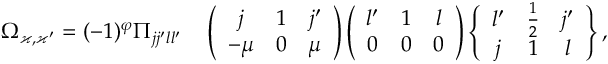
\begin{array} { r l } { \Omega _ { \varkappa , \varkappa ^ { \prime } } = ( - 1 ) ^ { \varphi } \Pi _ { j j ^ { \prime } l l ^ { \prime } } } & { { } \left( \begin{array} { c c c } { j } & { 1 } & { j ^ { \prime } } \\ { - \mu } & { 0 } & { \mu } \end{array} \right) \left( \begin{array} { c c c } { l ^ { \prime } } & { 1 } & { l } \\ { 0 } & { 0 } & { 0 } \end{array} \right) \left\{ \begin{array} { c c c } { l ^ { \prime } } & { \frac 1 2 } & { j ^ { \prime } } \\ { j } & { 1 } & { l } \end{array} \right\} , } \end{array}